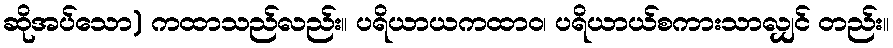
ဆိုအပ်သော) ကထာသည်လည်း။ ပရိယာယကထာဝ၊ ပရိယာယ်စကားသာလျှင် တည်း။